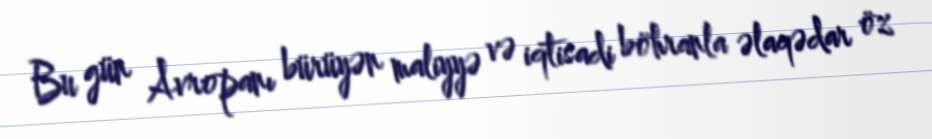
Bu gün Avropanı bürüyən maliyyə və iqtisadi böhranla əlaqədar öz